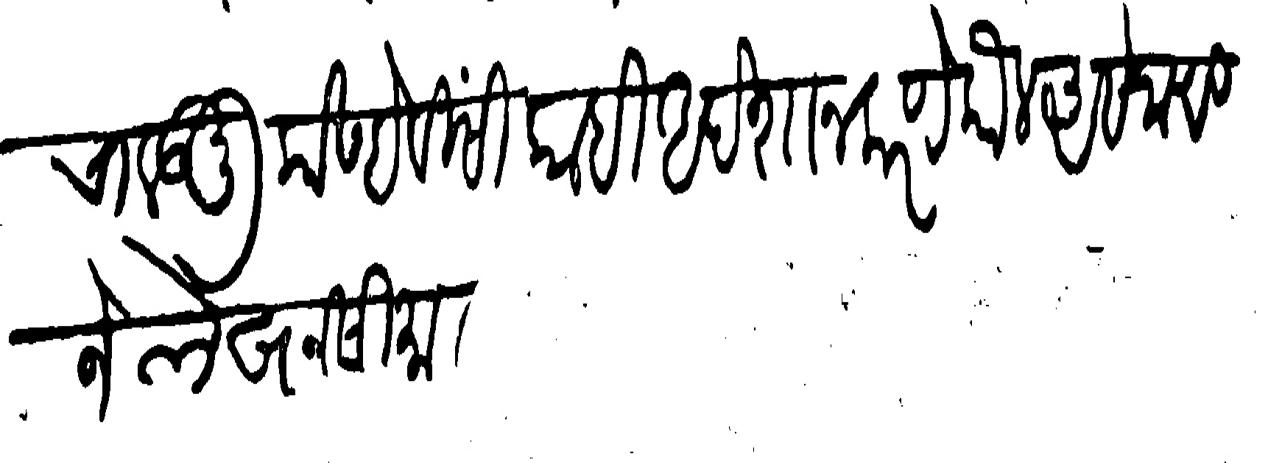
Transliteration (Devanagari): चालऊनु कोण्हेविसी काही अदेशा न करणे कौल असे जाणिजे लेखनसीमा